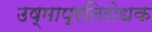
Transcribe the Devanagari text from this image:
उष्माप्रतिरोधक